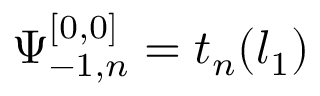
\Psi _ { - 1 , n } ^ { [ 0 , 0 ] } = t _ { n } ( l _ { 1 } )